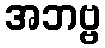
အဘဗ္ဗ